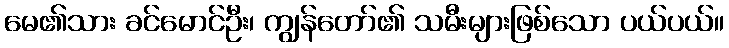
မေ၏သား ခင်မောင်ဦး၊ ကျွန်တော်၏ သမီးများဖြစ်သော ပယ်ပယ်။